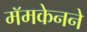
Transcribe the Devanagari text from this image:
मॅमकेनने